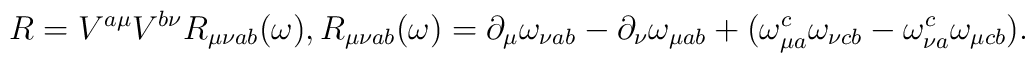
R = V^{a\mu}V^{b\nu}R_{\mu\nu ab}(\omega),                                    R_{\mu\nu ab}(\omega)=\partial_{\mu}\omega_{\nu ab}                           -\partial_{\nu}\omega_{\mu ab}+(\omega_{\mu a}^{c}\omega_{\nu cb}             -\omega_{\nu a}^{c}\omega_{\mu cb}).